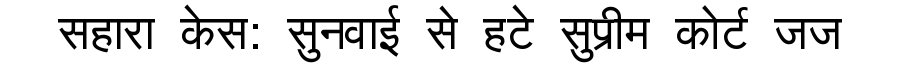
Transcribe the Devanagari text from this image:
सहारा केस: सुनवाई से हटे सुप्रीम कोर्ट जज